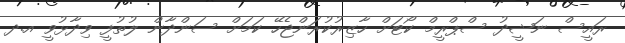
ރައީސް ނަޝީދު ސްޕްރީމް ކޯޓަށް ހާޒިރުކުރަންޖެހޭ ކަމަށް ސަންދާން ލުތުފީ ވިދާޅުވީ އ.ދ